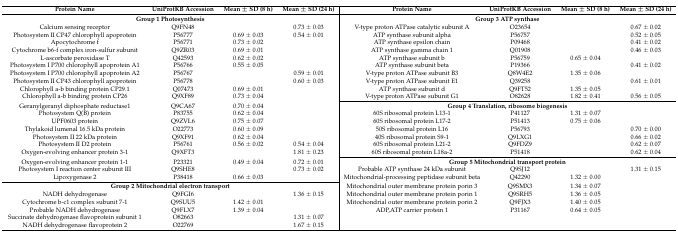
<table><thead><tr><td><b>Protein Name</b></td><td><b>UniProtKB Accession</b></td><td><b>Mean ± SD (8 h)</b></td><td><b>Mean ± SD (24 h)</b></td><td><b>Protein Name</b></td><td><b>UniProtKB Accession</b></td><td><b>Mean ± SD (8 h)</b></td><td><b>Mean ± SD (24 h)</b></td></tr></thead><tbody><tr><td colspan="4"><b>Group 1 Photosynthesis</b></td><td colspan="4"><b>Group 3 ATP synthase</b></td></tr><tr><td>Calcium sensing receptor</td><td>Q9FN48</td><td></td><td>0.73 ± 0.03</td><td>V-type proton ATPase catalytic subunit A</td><td>O23654</td><td></td><td>0.67 ± 0.02</td></tr><tr><td>Photosystem II CP47 chlorophyll apoprotein</td><td>P56777</td><td>0.69 ± 0.03</td><td>0.54 ± 0.01</td><td>ATP synthase subunit alpha</td><td>P56757</td><td></td><td>0.52 ± 0.05</td></tr><tr><td>Apocytochrome f</td><td>P56771</td><td>0.73 ± 0.02</td><td></td><td>ATP synthase epsilon chain</td><td>P09468</td><td></td><td>0.41 ± 0.02</td></tr><tr><td>Cytochrome b6-f complex iron-sulfur subunit</td><td>Q9ZR03</td><td>0.69 ± 0.01</td><td></td><td>ATP synthase gamma chain 1</td><td>Q01908</td><td></td><td>0.46 ± 0.03</td></tr><tr><td>L-ascorbate peroxidase T</td><td>Q42593</td><td>0.62 ± 0.02</td><td></td><td>ATP synthase subunit b</td><td>P56759</td><td>0.65 ± 0.04</td><td></td></tr><tr><td>Photosystem I P700 chlorophyll apoprotein A1</td><td>P56766</td><td>0.55 ± 0.05</td><td></td><td>ATP synthase subunit beta</td><td>P19366</td><td></td><td>0.41 ± 0.02</td></tr><tr><td>Photosystem I P700 chlorophyll apoprotein A2</td><td>P56767</td><td></td><td>0.59 ± 0.01</td><td>V-type proton ATPase subunit B3</td><td>Q8W4E2</td><td>1.35 ± 0.06</td><td></td></tr><tr><td>Photosystem II CP43 chlorophyll apoprotein</td><td>P56778</td><td></td><td>0.60 ± 0.03</td><td>V-type proton ATPase subunit E1</td><td>Q39258</td><td></td><td>0.61 ± 0.01</td></tr><tr><td>Chlorophyll a-b binding protein CP29.1</td><td>Q07473</td><td>0.69 ± 0.01</td><td></td><td>ATP synthase subunit d</td><td>Q9FT52</td><td>1.35 ± 0.05</td><td></td></tr><tr><td>Chlorophyll a-b binding protein CP26</td><td>Q9XF89</td><td>0.73 ± 0.04</td><td></td><td>V-type proton ATPase subunit G1</td><td>O82628</td><td>1.82 ± 0.41</td><td>0.56 ± 0.05</td></tr><tr><td>Geranylgeranyl diphosphate reductase1</td><td>Q9CA67</td><td>0.70 ± 0.04</td><td></td><td colspan="4"><b>Group 4 Translation, ribosome biogenesis</b></td></tr><tr><td>Photosystem Q(B) protein</td><td>P83755</td><td>0.62 ± 0.04</td><td></td><td>60S ribosomal protein L13-1</td><td>P41127</td><td>1.31 ± 0.07</td><td></td></tr><tr><td>UPF0603 protein</td><td>Q9ZVL6</td><td>0.75 ± 0.07</td><td></td><td>60S ribosomal protein L17-2</td><td>P51413</td><td>0.75 ± 0.06</td><td></td></tr><tr><td>Thylakoid lumenal 16.5 kDa protein</td><td>O22773</td><td>0.60 ± 0.09</td><td></td><td>50S ribosomal protein L16</td><td>P56793</td><td></td><td>0.70 ± 0.00</td></tr><tr><td>Photosystem II 22 kDa protein</td><td>Q9XF91</td><td>0.62 ± 0.04</td><td></td><td>40S ribosomal protein S9-1</td><td>Q9LXG1</td><td></td><td>0.66 ± 0.02</td></tr><tr><td>Photosystem II D2 protein</td><td>P56761</td><td>0.56 ± 0.02</td><td>0.54 ± 0.04</td><td>60S ribosomal protein L21-2</td><td>Q9FDZ9</td><td></td><td>0.62 ± 0.07</td></tr><tr><td>Oxygen-evolving enhancer protein 3-1</td><td>Q9XFT3</td><td></td><td>1.81 ± 0.23</td><td>60S ribosomal protein L18a-2</td><td>P51418</td><td></td><td>0.62 ± 0.04</td></tr><tr><td>Oxygen-evolving enhancer protein 1-1</td><td>P23321</td><td>0.49 ± 0.04</td><td>0.72 ± 0.01</td><td colspan="4"><b>Group 5 Mitochondrial transport protein</b></td></tr><tr><td>Photosystem I reaction center subunit III</td><td>Q9SHE8</td><td></td><td>0.73 ± 0.02</td><td>Probable ATP synthase 24 kDa subunit</td><td>Q9SJ12</td><td></td><td>1.31 ± 0.15</td></tr><tr><td>Lipoxygenase 2</td><td>P38418</td><td>0.66 ± 0.03</td><td></td><td>Mitochondrial-processing peptidase subunit beta</td><td>Q42290</td><td>1.32 ± 0.00</td><td></td></tr><tr><td colspan="4"><b>Group 2 Mitochondrial electron transport</b></td><td>Mitochondrial outer membrane protein porin 3</td><td>Q9SMX3</td><td>1.34 ± 0.07</td><td></td></tr><tr><td>NADH dehydrogenase</td><td>Q9FGI6</td><td></td><td>1.36 ± 0.15</td><td>Mitochondrial outer membrane protein porin 1</td><td>Q9SRH5</td><td>1.36 ± 0.05</td><td></td></tr><tr><td>Cytochrome b-c1 complex subunit 7-1</td><td>Q9SUU5</td><td>1.42 ± 0.01</td><td></td><td>Mitochondrial outer membrane protein porin 2</td><td>Q9FJX3</td><td>1.40 ± 0.05</td><td></td></tr><tr><td>Probable NADH dehydrogenase </td><td>Q9FLX7</td><td>1.39 ± 0.04</td><td></td><td>ADP,ATP carrier protein 1</td><td>P31167</td><td>0.64 ± 0.05</td><td></td></tr><tr><td>Succinate dehydrogenase flavoprotein subunit 1</td><td>O82663</td><td></td><td>1.31 ± 0.07</td><td></td><td></td><td></td><td></td></tr><tr><td>NADH dehydrogenase flavoprotein 2</td><td>O22769</td><td></td><td>1.67 ± 0.15</td><td></td><td></td><td></td><td></td></tr></tbody></table>